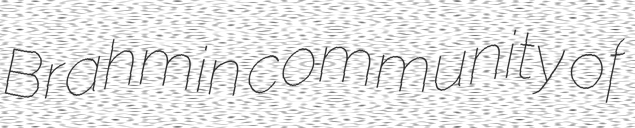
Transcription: Brahmin community of